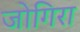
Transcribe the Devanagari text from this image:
जोगिरा